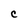
Character: C